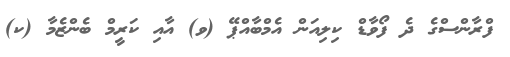
ފްރާންސްގެ ދެ ފޯވާޑް ކިލިއަން އެމްބާއްޕޭ (ވ) އާއި ކަރީމް ބެންޒެމާ (ކ)